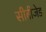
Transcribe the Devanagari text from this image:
सीबीजेड